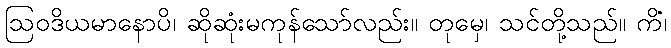
ဩဝဒိယမာနောပိ၊ ဆိုဆုံးမကုန်သော်လည်း။ တုမှေ၊ သင်တို့သည်။ ကိံ၊